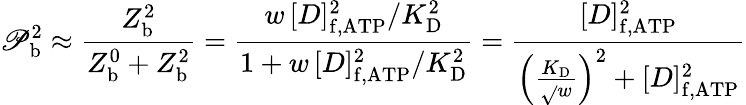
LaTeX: \mathscr{P}_{\mathrm{{b}}}^{\mathrm{{2}}}\approx\frac{{Z_{\mathrm{{b}}}^{\mathrm{{2}}}}}{{Z_{\mathrm{{b}}}^{\mathrm{{0}}}+Z_{\mathrm{{b}}}^{\mathrm{{2}}}}}=\frac{{w\, [D]_{\mathrm{{f,ATP}}}^{2}/K_{\mathrm{{D}}}^{2}}}{{1+w\, [D]_{\mathrm{{f,ATP}}}^{2}/K_{\mathrm{{D}}}^{2}}}=\frac{{[D]_{\mathrm{{f,ATP}}}^{2}}}{{\left(\frac{{K_{\mathrm{{D}}}}}{{\sqrt{}{{w}}}}\right)^{2}+[D]_{\mathrm{{f,ATP}}}^{2}}}